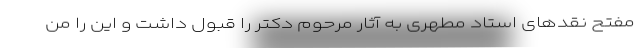
مفتح نقدهای استاد مطهری به آثار مرحوم دکتر را قبول داشت و این را من